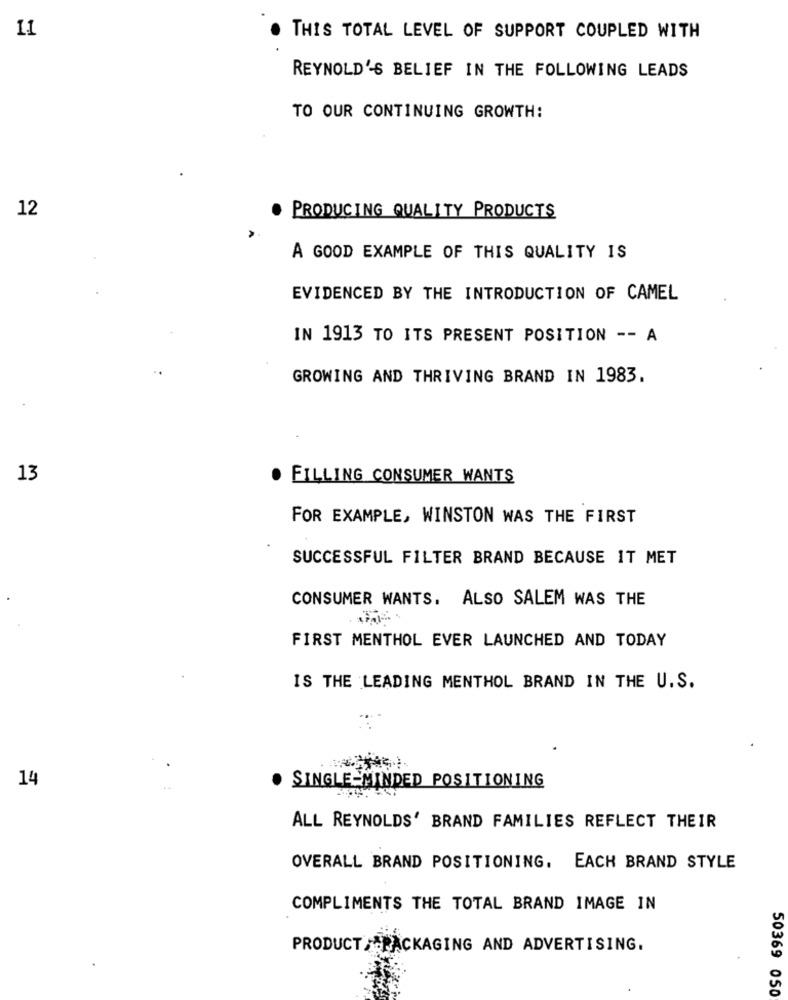
11
THIS TOTAL LEVEL OF SUPPORT COUPLED WITH
REYNOLD'S BELIEF IN THE FOLLOWING LEADS
TO OUR CONTINUING GROWTH:
12
PRODUCING QUALITY PRODUCTS
A GOOD EXAMPLE OF THIS QUALITY IS
EVIDENCED BY THE INTRODUCTION OF CAMEL
IN 1913 TO ITS PRESENT POSITION -- A
GROWING AND THRIVING BRAND IN 1983.
13
FILLING CONSUMER WANTS
FOR EXAMPLE, WINSTON WAS THE FIRST
SUCCESSFUL FILTER BRAND BECAUSE IT MET
CONSUMER WANTS. ALSO SALEM WAS THE
FIRST MENTHOL EVER LAUNCHED AND TODAY
IS THE LEADING MENTHOL BRAND IN THE U.S.
14
SINGLE-MINDED POSITIONING
ALL REYNOLDS' BRAND FAMILIES REFLECT THEIR
OVERALL BRAND POSITIONING. EACH BRAND STYLE
COMPLIMENTS THE TOTAL BRAND IMAGE IN
PRODUCT PACKAGING AND ADVERTISING.
50369 050